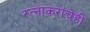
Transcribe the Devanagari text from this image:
रत्‍नाकरांचेही